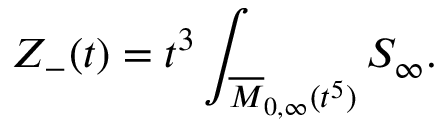
{ \cal Z } _ { - } ( t ) = t ^ { 3 } \int _ { \overline { { { { \cal M } } } } _ { 0 , \infty } ( t ^ { 5 } ) } { \cal S } _ { \infty } .